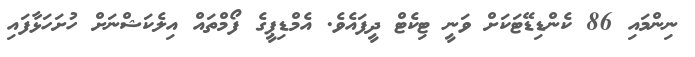
ނިންމައި 86 ކެންޑިޑޭޓަކަށް ވަނީ ޓިކެޓް ދީފައެވެ. އެމްޑިޕީގެ ފޯމްތައް އިލެކަޝްނަށް ހުށަހަޅާފައި